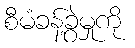
စီမံခန့်ခွဲမှုကို